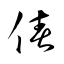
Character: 偆